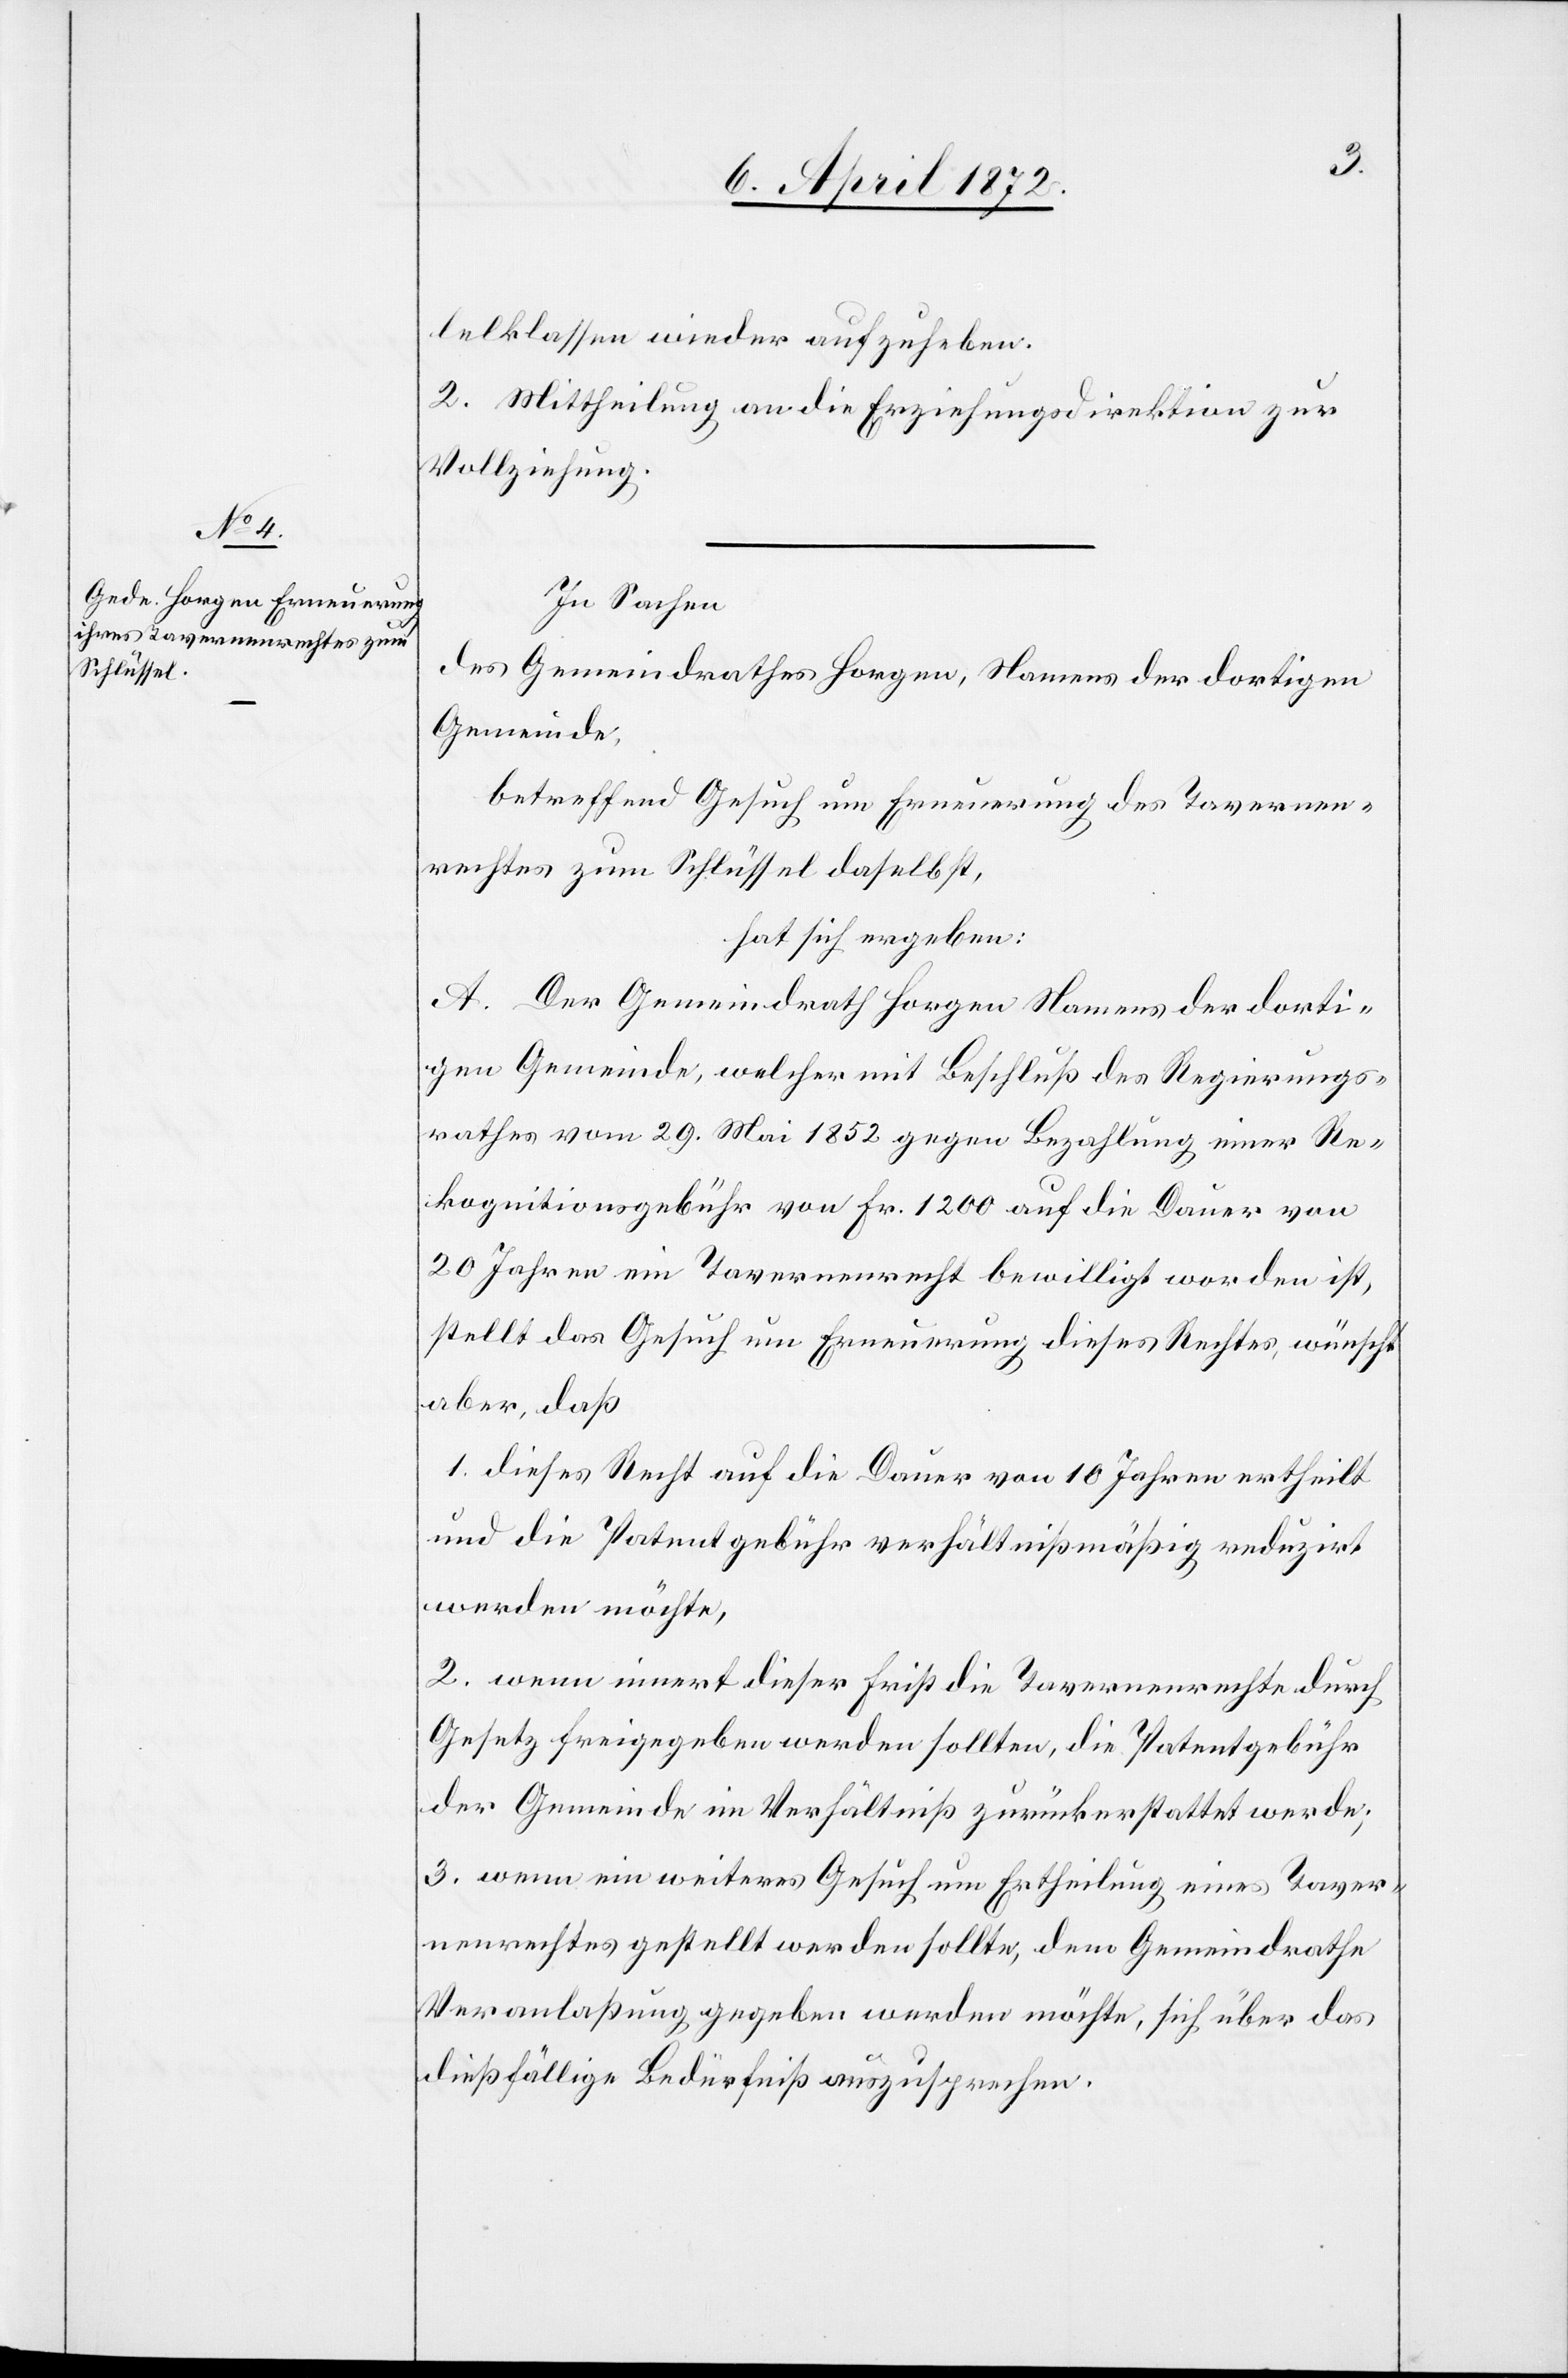
lelklassen wieder aufzuheben.
2. Mittheilung an die Erziehungsdirektion zur
Vollziehung.
In Sachen
des Gemeindrathes Horgen, Namens der dortigen
Gemeinde,
betreffend Gesuch um Erneuerung des Tavernen¬
rechtes zum Schlüssel daselbst,
hat sich ergeben:
A. Der Gemeindrath Horgen Namens der dorti¬
gen Gemeinde, welcher mit Beschluß des Regierungs¬
rathes vom 29. Mai 1852 gegen Bezahlung einer Re¬
kognitionsgebühr von Fr. 1200 auf die Dauer von
20 Jahren ein Tavernenrecht bewilligt worden ist,
stellt das Gesuch um Erneuerung dieses Rechtes, wünscht
aber, daß
1. dieses Recht auf die Dauer von 10 Jahren ertheilt
und die Patentgebühr verhältnißmäßig reduzirt
werden möchte,
2. wenn innert dieser Frist die Tavernenrechte durch
Gesetz freigegeben werden sollten, die Patentgebühr
der Gemeinde im Verhältniß zurückerstattet werde;
3. wenn ein weiteres Gesuch um Ertheilung eines Taver¬
nenrechtes gestellt werden sollte, dem Gemeindrathe
Veranlaßung gegeben werden möchte, sich über das
dießfällige Bedürfniß auszusprechen.